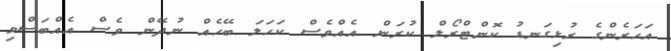
އަހަރެންގެ ރުޅިގަނޑު ކޮންޓްރޯލް ކުރަން އެއްވެސް ކަހަލަ ބޭހެއް ނުދޭން ވެސް އެއްބަސްވި